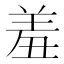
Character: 羞